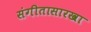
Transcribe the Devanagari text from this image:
संगीतासारखा